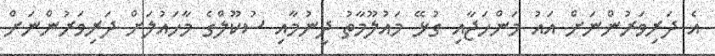
އެ ދަރިވަރުންނަށް އައު މަންހަޖާއި ގުޅޭ މައުލޫމާތު ދިނުމާއި ސުކޫލްގެ މާހައުލަށް ދަރިވަރުންނަށް